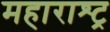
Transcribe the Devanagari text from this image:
महाराश्ट्र